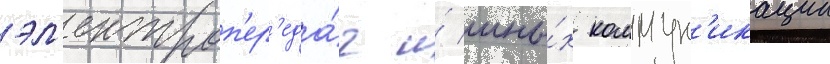
эл'ектроп'ер'еда́ч и́ ины́х коммун'икации